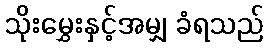
သိုးမွှေးနှင့်အမျှ ခံရသည်